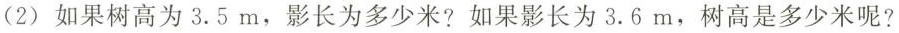
(2)如果树高为3.5m，影长为多少米?如果影长为3.6m，树高是多少米呢?